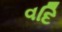
વદિ